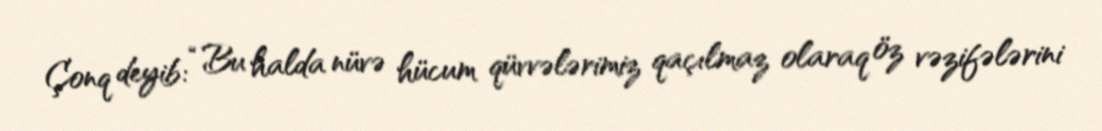
Çonq deyib: “Bu halda nüvə hücum qüvvələrimiz qaçılmaz olaraq öz vəzifələrini